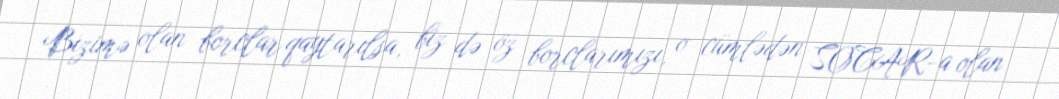
Bizimə olan borclar qaytarılsa, biz də öz borclarımızı, o cümlədən SOCAR-a olan